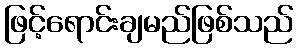
ဖြင့်ရောင်းချမည်ဖြစ်သည်